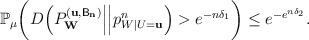
LaTeX: \begin{align*} \mathbb{P}_\mu\bigg(D\Big(P^{(\mathbf{u,\mathsf{B}_n})}_{\mathbf{W}}\Big|\Big|p_{W|U=\mathbf{u}}^n\Big)> e^{-n\delta_1}\bigg)\leq e^{- e^{n\delta_2}}.\end{align*}